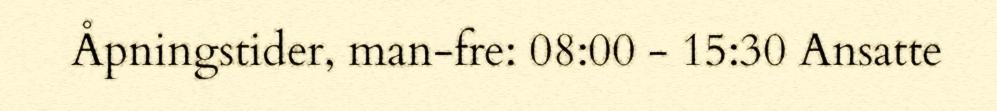
Åpningstider, man-fre: 08:00 - 15:30 Ansatte